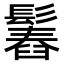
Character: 𩮱